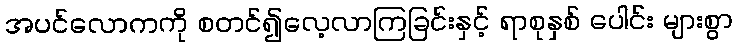
အပင်လောကကို စတင်၍လေ့လာကြခြင်းနှင့် ရာစုနှစ် ပေါင်း များစွာ